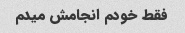
فقط خودم انجامش میدم